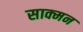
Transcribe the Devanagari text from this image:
साक्मन